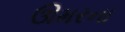
ઊમરના